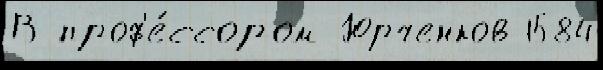
В проф'е́ссором Юрченков 1584